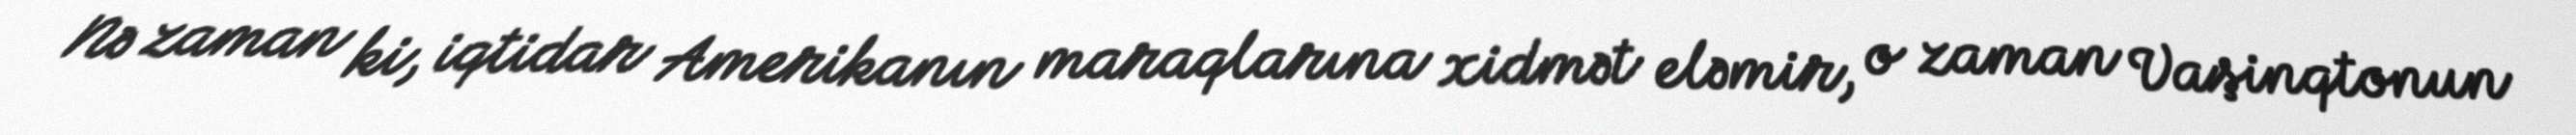
Nə zaman ki, iqtidar Amerikanın maraqlarına xidmət eləmir, o zaman Vaşinqtonun